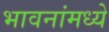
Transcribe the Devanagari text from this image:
भावनांमध्ये